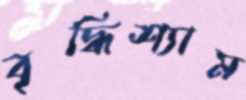
বৃদ্ধিশ্যাম